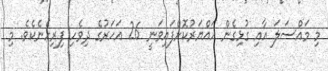
މި މައްސަލަ އާއި ގުޅިގެން ހައްޔަރުކޮށްފައިވަނީ 26 އަހަރުގެ ދިވެހި ފިރިހެނެކެވެ. މި